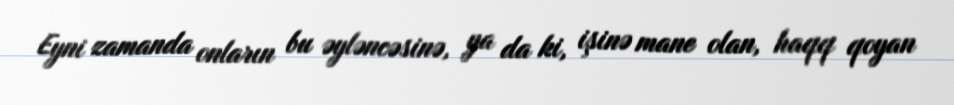
Eyni zamanda onların bu əyləncəsinə, ya da ki, işinə mane olan, haqq qoyan